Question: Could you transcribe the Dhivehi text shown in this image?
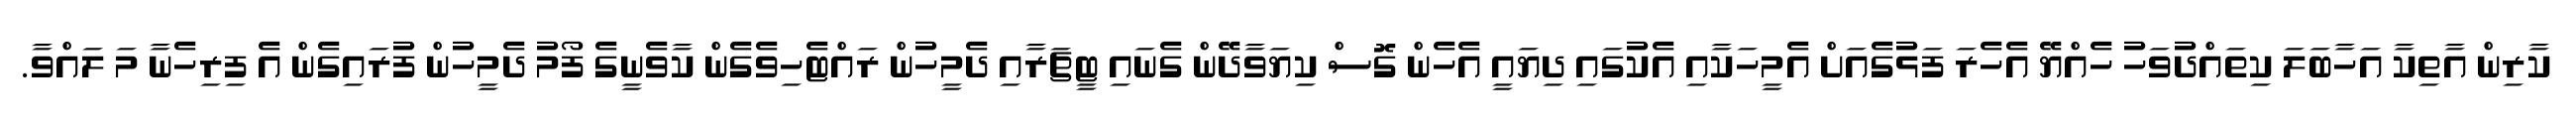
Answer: ކާރިން އާތިކާ އަހާބަލަ ކިތައްދުވަހު ހެއްޔޭ އެހެރަ ފަޅުގެއަށް އެމީހަކާއި އެކުގައި ދިޔައީ އެހެން ގޮސް ކިޔަވާދޭން ގެނައި ޓީޗަރާއި ދެމީހުން ރައްޓެހިވެގެން ކާވެނީގެ ފޯމު ދެމީހުން ފުރައިގެން އެ ފިރިހެނާ މަ ލައްވާ.